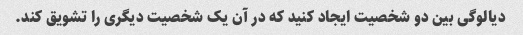
دیالوگی بین دو شخصیت ایجاد کنید که در آن یک شخصیت دیگری را تشویق کند.